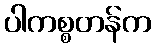
ပါကစ္စတန်က